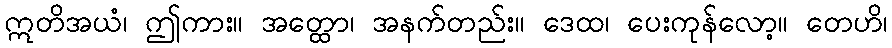
ဣတိအယံ၊ ဤကား။ အတ္ထော၊ အနက်တည်း။ ဒေထ၊ ပေးကုန်လော့။ တေဟိ၊